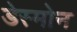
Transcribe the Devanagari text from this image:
डेस्मोन